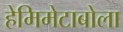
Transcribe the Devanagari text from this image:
हेमिमेटाबोला